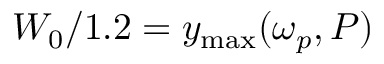
W _ { 0 } / 1 . 2 = y _ { \mathrm { { m a x } } } ( \omega _ { p } , P )